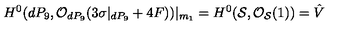
H ^ { 0 } ( d P _ { 9 } , { \cal O } _ { d P _ { 9 } } ( 3 \sigma | _ { d P _ { 9 } } + 4 F ) ) | _ { m _ { 1 } } = H ^ { 0 } ( { \cal S } , { \cal O } _ { { \cal S } } ( 1 ) ) = \hat { V }